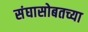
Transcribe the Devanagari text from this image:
संघासोबतच्या